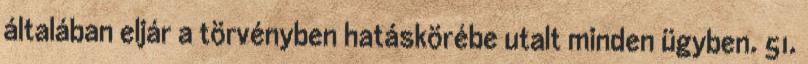
általában eljár a törvényben hatáskörébe utalt minden ügyben. 51.